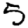
Digit: 5